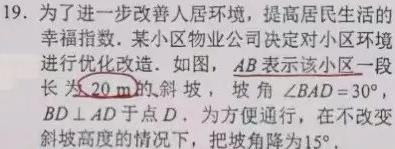
19. 为了进一步改善人居环境，提高居民生活的幸福指数，某小区物业公司决定对小区环境进行优化改造. 如图，$AB$表示该小区一段长为\(20m\)的斜坡，坡角\(\angle BAD = 30^{\circ}\)，\(BD\perp AD\)于点\(D\). 为方便通行，在不改变斜坡高度的情况下，把坡角降为\(15^{\circ}\).